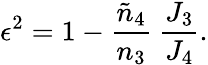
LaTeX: \epsilon^{2}=1-{\frac{\tilde{n}_{4}}{n_{3}}}\ {\frac{J_{3}}{J_{4}}}.